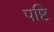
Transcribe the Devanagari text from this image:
पष्टि